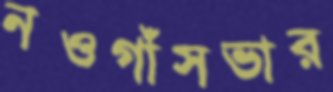
নওগাঁসভার